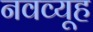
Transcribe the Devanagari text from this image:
नवव्यूह